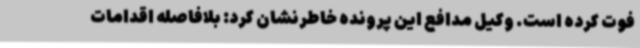
فوت کرده است. وکیل مدافع این پرونده خاطرنشان کرد: بلافاصله اقدامات